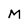
Character: M